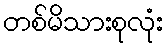
တစ်မိသားစုလုံး